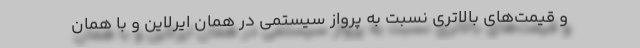
و قیمت‌های بالاتری نسبت به پرواز سیستمی در همان ایرلاین و با همان